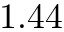
1 . 4 4